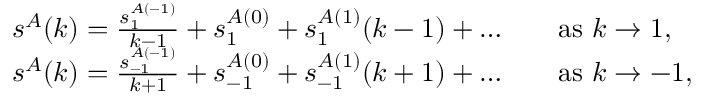
\begin{array} { r l r l } & { s ^ { A } ( k ) = \frac { s _ { 1 } ^ { A ( - 1 ) } } { k - 1 } + s _ { 1 } ^ { A ( 0 ) } + s _ { 1 } ^ { A ( 1 ) } ( k - 1 ) + \dots } & & { \mathrm { a s ~ } k \to 1 , } \\ & { s ^ { A } ( k ) = \frac { s _ { - 1 } ^ { A ( - 1 ) } } { k + 1 } + s _ { - 1 } ^ { A ( 0 ) } + s _ { - 1 } ^ { A ( 1 ) } ( k + 1 ) + \dots } & & { \mathrm { a s ~ } k \to - 1 , } \end{array}